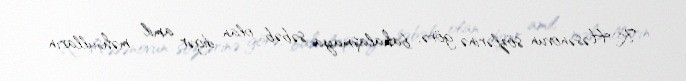
R. Həsənovun sözlərinə görə, bahalaşmaya səbəb olan digər amil məhsulların